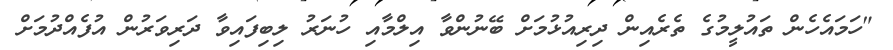
"ހަމައެހެން ތައުލީމުގެ ތެރެއިން ދިރިއުޅުމަށް ބޭނުންވާ އިލްމާއި ހުނަރު ލިބިފައިވާ ދަރިވަރުން އުފެއްދުމަށް